Lunatic asylums Central Provinces reports 1910-1926 - 1910-1926
Year: 1910
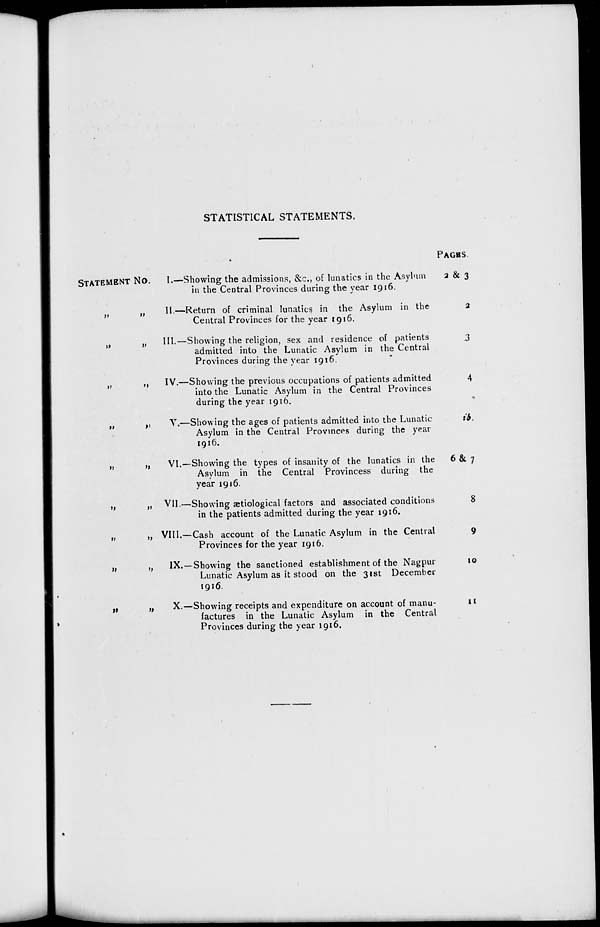
STATISTICAL STATEMENTS.
STATEMENT No.
„ „
„
„
„ „
„
„
„
„
„
„
„ „
„
„
„
„
I.—Showing the admissions, &c., of lunatics in the Asylum
in the Central Provinces during the year 1916.
II.—Return of criminal lunatics in the Asylum in the
Central Provinces for the year 1916.
III.—Showing the religion, sex and residence of patients
admitted into the Lunatic Asylum in the Central
Provinces during the year 1916.
IV.—Showing the previous occupations of patients admitted
into the Lunatic Asylum in the Central Provinces
during the year 1916.
V.—Showing the ages of patients admitted into the Lunatic
Asylum in the Central Provinces during the year
1916.
VI.—Showing the types of insanity of the lunatics in the
Asylum in the Central Provincess during the
year 1916.
VII.—Showing ætiological factors and associated conditions
in the patients admitted during the year 1916.
VIII.—Cash account of the Lunatic Asylum in the Central
Provinces for the year 1916.
IX.—Showing the sanctioned establishment of the Nagpur
Lunatic Asylum as it stood on the 31st December
1916.
X.—Showing receipts and expenditure on account of manu-
factures in the Lunatic Asylum in the Central
Provinces during the year 1916.
PAGES.
2 & 3
2
3
4
ib.
6 & 7
8
9
10
11